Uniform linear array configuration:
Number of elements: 16
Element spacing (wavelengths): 0.75
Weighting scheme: exponential
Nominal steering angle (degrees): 30
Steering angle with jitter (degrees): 31.706
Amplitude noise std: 0.05
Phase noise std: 0.05

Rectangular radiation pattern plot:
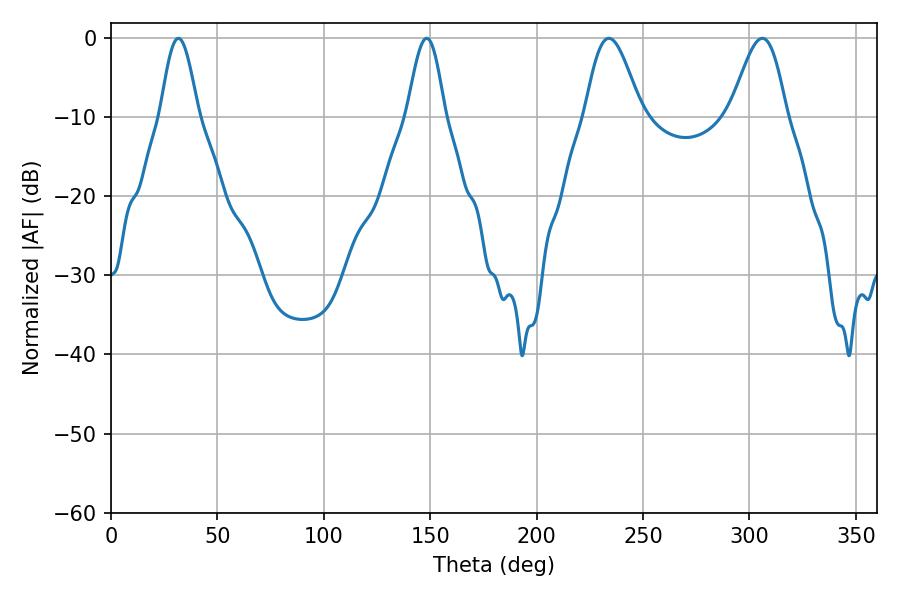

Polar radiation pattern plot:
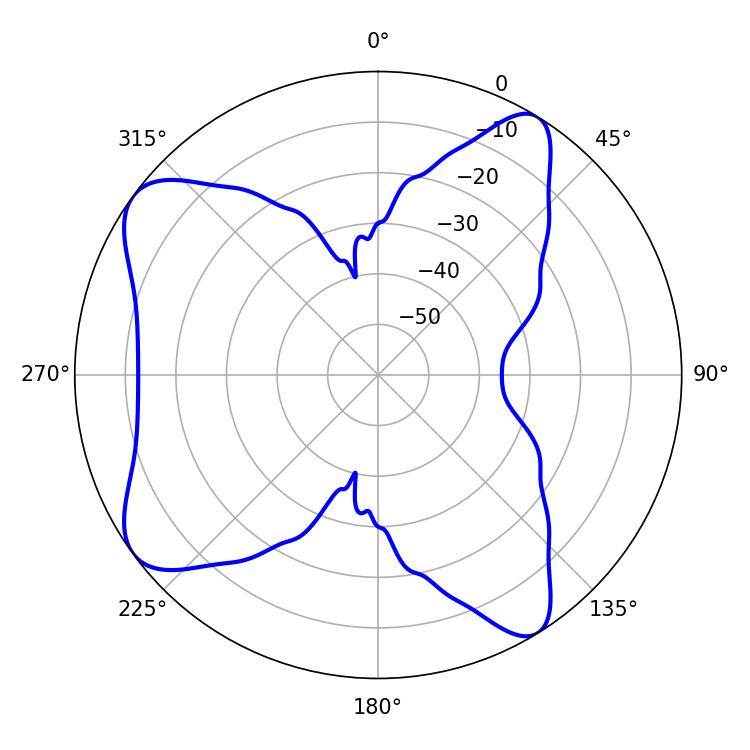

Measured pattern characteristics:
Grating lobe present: TRUE
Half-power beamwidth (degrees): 9.54
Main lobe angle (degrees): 31.68